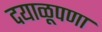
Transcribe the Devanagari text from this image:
दयाळूपणा